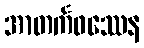
အာတင်္ကဖဿေန